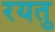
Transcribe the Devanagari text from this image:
रयतु